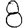
Digit: 8